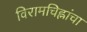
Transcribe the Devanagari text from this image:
विरामचिह्नांचा